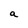
Character: a